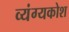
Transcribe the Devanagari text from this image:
व्यंग्यकोश